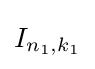
I_{n_{1},k_{1}}